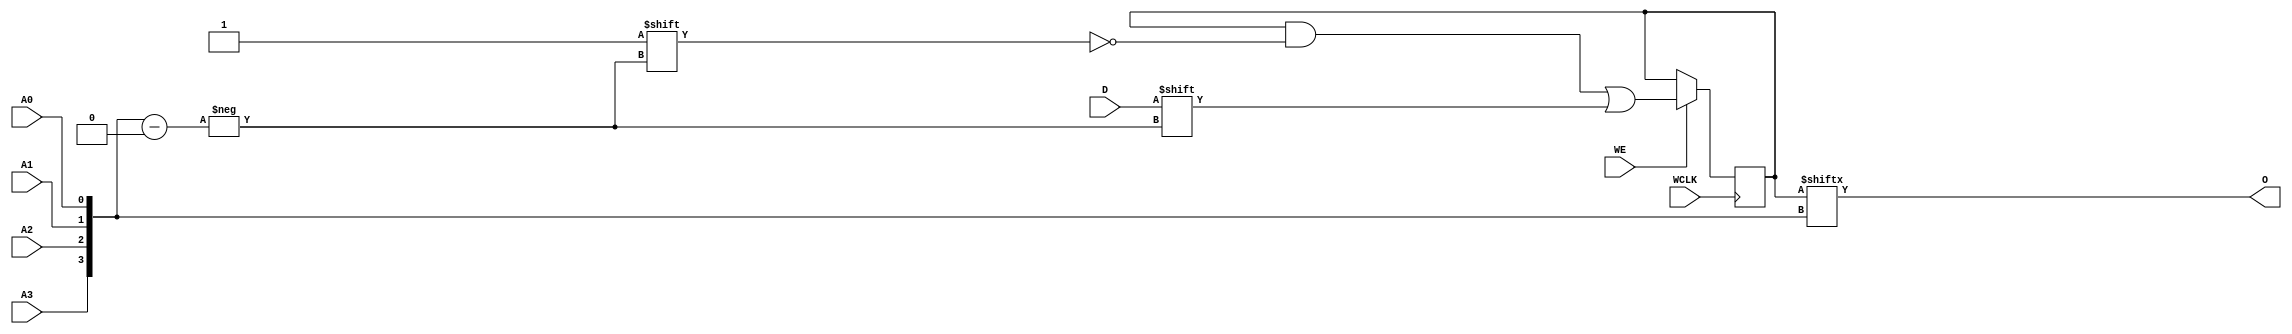
module RAM16X1S_1 (O, A0, A1, A2, A3, D, WCLK, WE);

    parameter INIT = 16'h0000;

    output O;

    input  A0, A1, A2, A3, D, WCLK, WE;

    reg  [15:0] mem;
    wire [3:0] adr;

    assign adr = {A3, A2, A1, A0};
    assign O = mem[adr];

    initial
        mem = INIT;

    always @(negedge WCLK)
        if (WE == 1'b1)
            mem[adr] <= #100 D;

endmodule